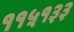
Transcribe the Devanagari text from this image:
११५१३३